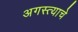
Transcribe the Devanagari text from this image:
अगस्त्याचे